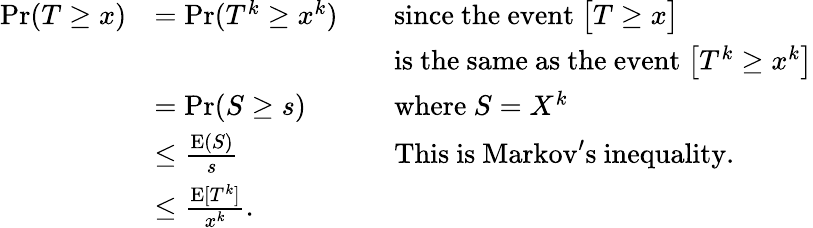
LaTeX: \begin{array}{rlrl}{\operatorname*{Pr}(T\geq x)}&{=\operatorname*{Pr}(T^{k}\ge x^{k})}&&{\mathrm{since~the~event~}\big[T\ge x\big]}\\ &{}&&{\mathrm{is~the~same~as~the~event~}\big[T^{k}\ge x^{k}\big]}\\ &{=\operatorname*{Pr}(S\ge s)}&&{\mathrm{where~}S=X^{k}}\\ &{\le\frac{\operatorname E(S)}s}&&{\mathrm{This~is~Markov's~inequality.}}\\ &{\le\frac{\operatorname E[T^{k}]}{x^{k}}.}\end{array}